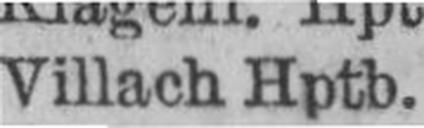
Villach Hptb.